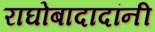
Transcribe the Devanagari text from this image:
राघोबादादांनी